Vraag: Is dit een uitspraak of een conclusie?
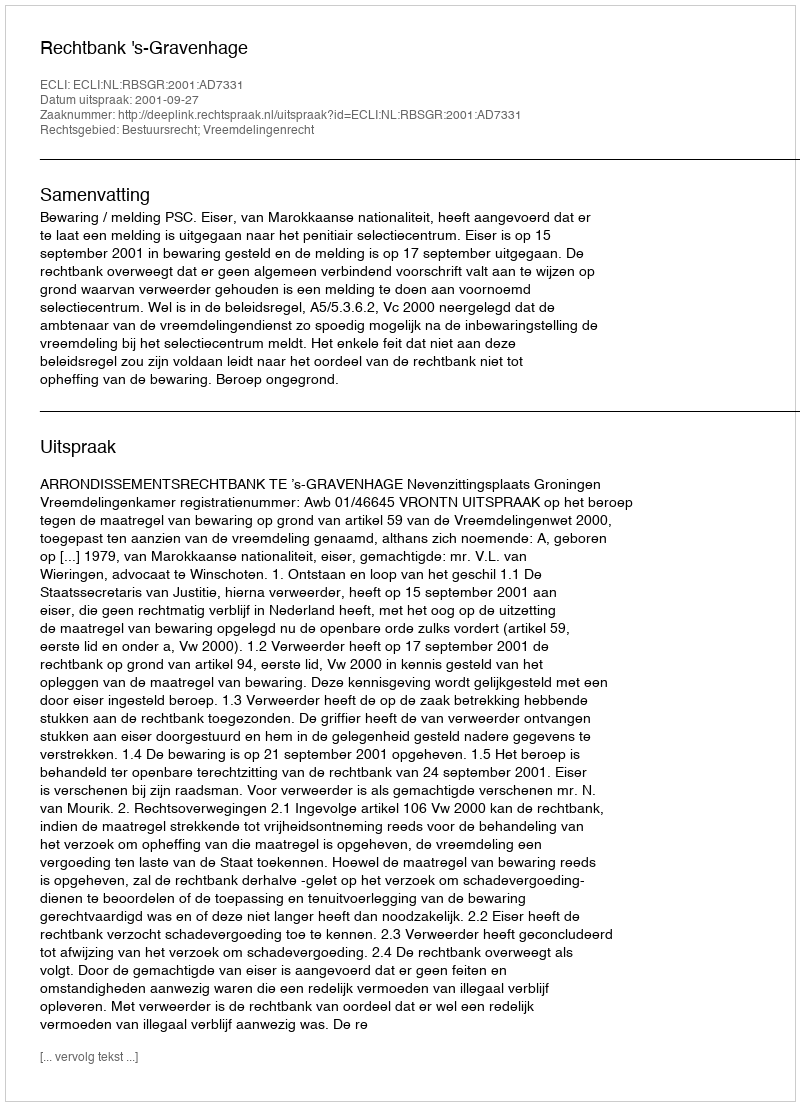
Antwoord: Uitspraak